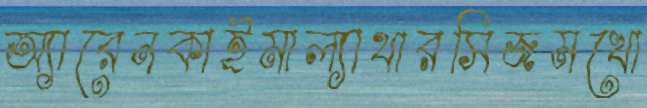
অ্যারেনকাইমাল্যাথারসিজমখো